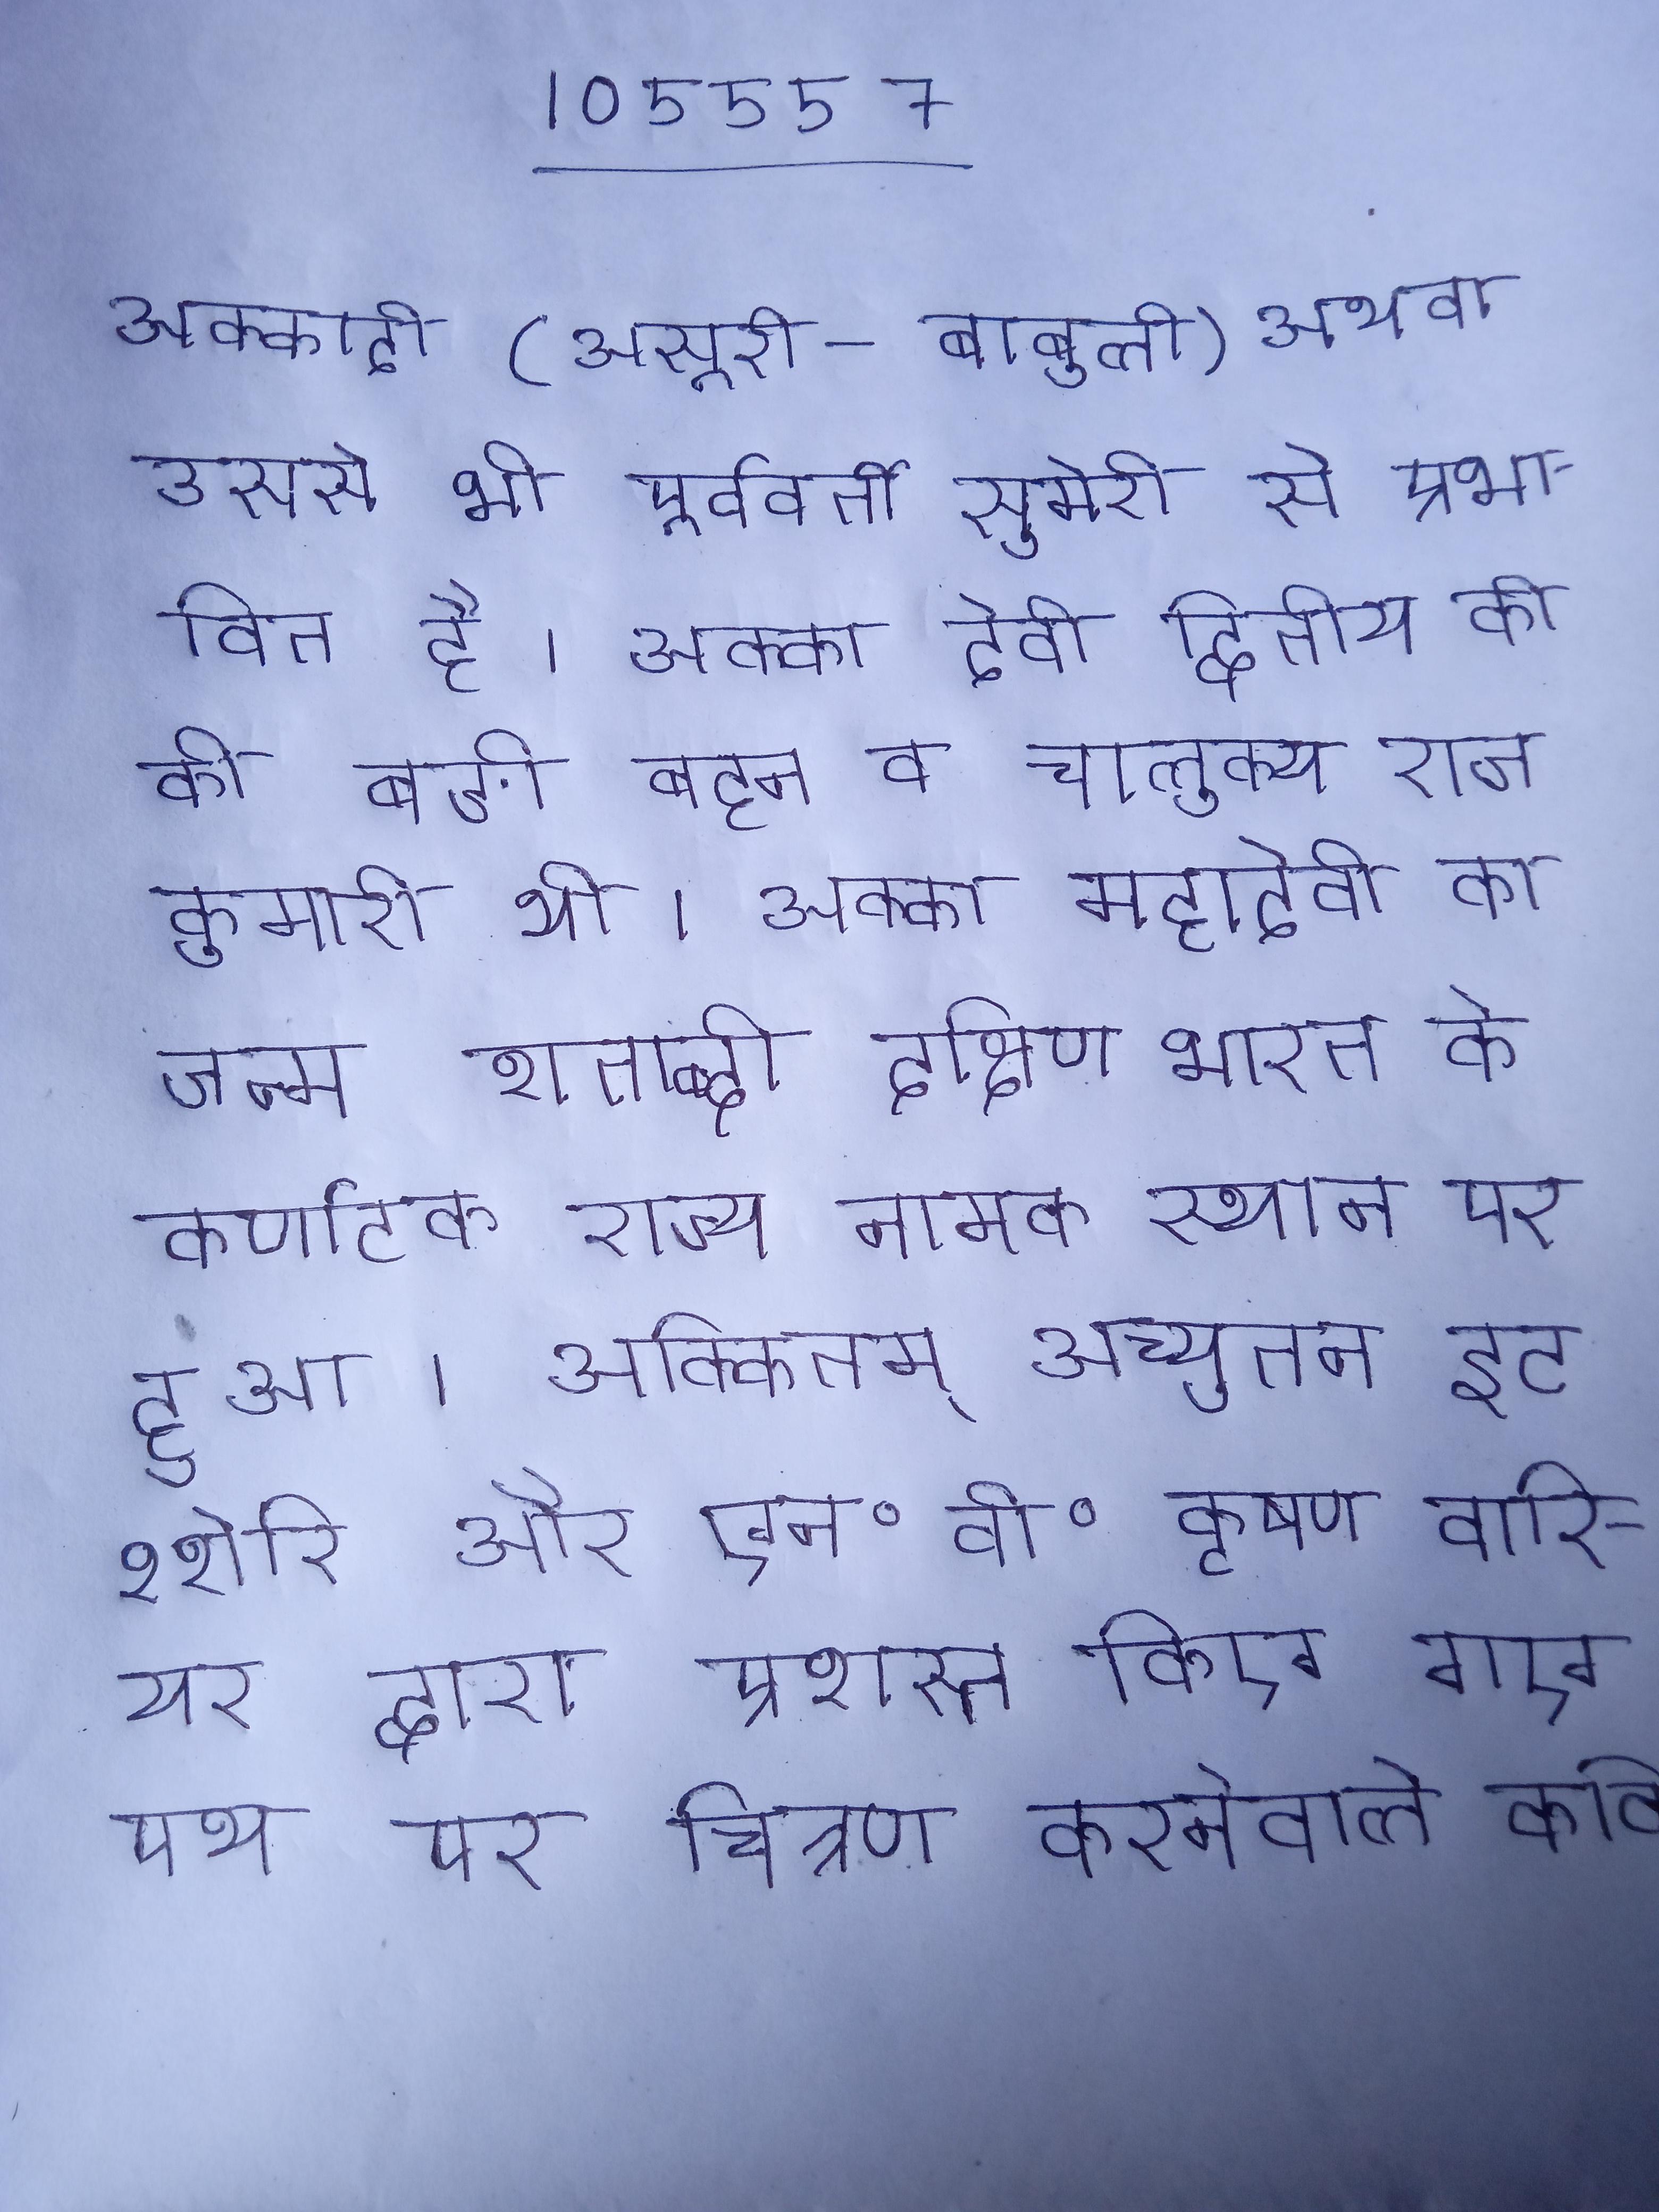
अक्कादी (असूरी-बाबुली) अथवा उससे भी पूर्ववर्ती सुमेरी से प्रभावित है । अक्का देवी द्वितीय की बङी बहन व चालुक्य राजकुमारी थी । अक्का महादेवी का जन्म शताब्दी दक्षिण भारत के कर्णाटक राज्य नामक स्थान पर हुआ । अक्कित्तम् अच्युतन इटश्शेरि और एन॰ वी॰ कृष्ण वारियर द्वारा प्रशस्त किए गए पथ पर चित्रण करनेवाले कवि ।